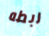
ربطه